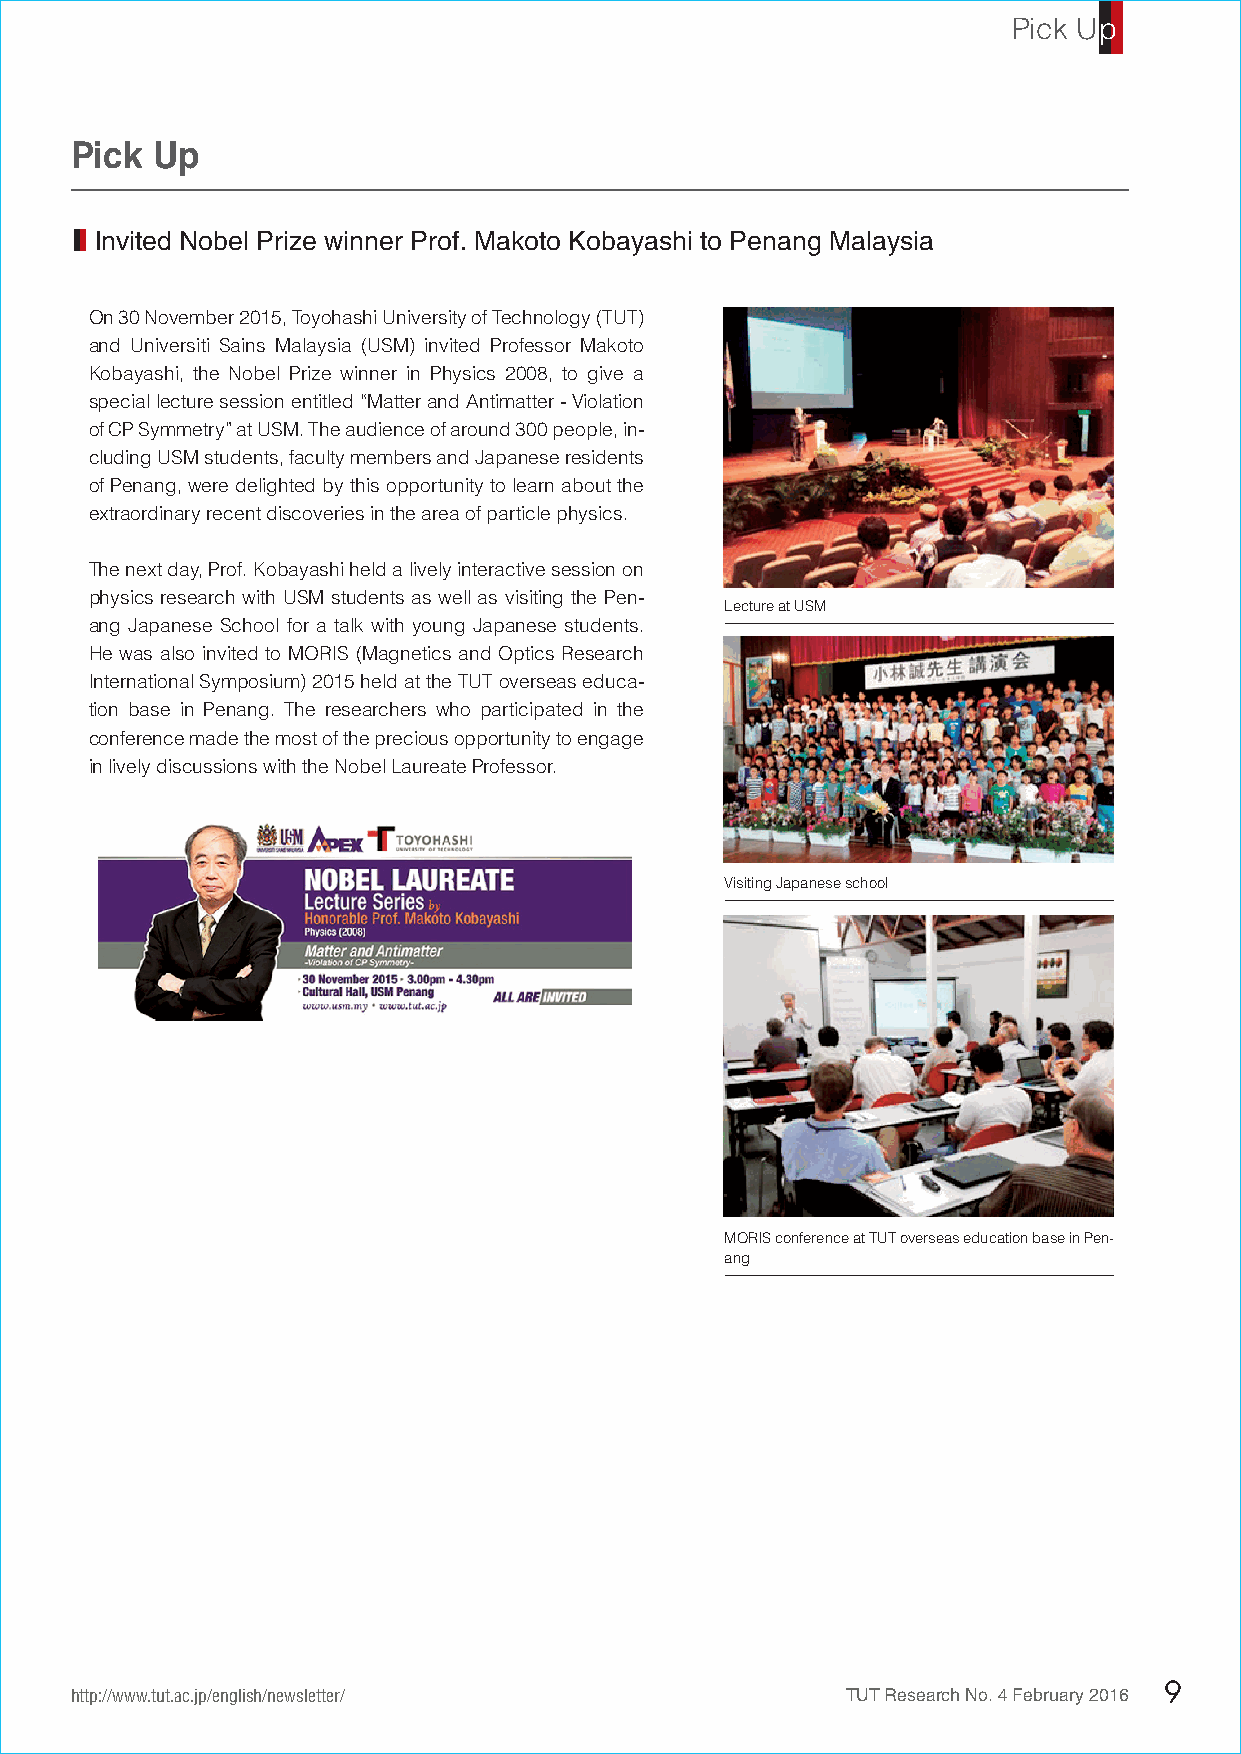
Pick Up
 ２
 直
 Pick Up
 Invited Nobel Prize winner Prof. Makoto Kobayashi to Penang Malaysia
 On 30 November 2015, Toyohashi University of Technology (TUT)
 and Universiti Sains Malaysia (USM) invited Professor Makoto
 Kobayashi, the Nobel Prize winner in Physics 2008, to give a
 special lecture session entitled “Matter and Antimatter - Violation
 of CP Symmetry” at USM. The audience of around 300 people, in-
 cluding USM students, faculty members and Japanese residents
 of Penang, were delighted by this opportunity to learn about the
 extraordinary recent discoveries in the area of particle physics.
 The next day, Prof. Kobayashi held a lively interactive session on
 physics research with USM students as well as visiting the Pen-
 Lecture at USM
 ang Japanese School for a talk with young Japanese students.
 He was also invited to MORIS (Magnetics and Optics Research
 International Symposium) 2015 held at the TUT overseas educa-
 tion base in Penang. The researchers who participated in the
 conference made the most of the precious opportunity to engage
 in lively discussions with the Nobel Laureate Professor.
 Visiting Japanese school
 MORIS conference at TUT overseas education base in Pen-
 ang
 http://www.tut.ac.jp/english/newsletter/           TUT Research No. 4 February 2016 9